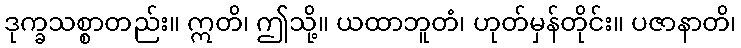
ဒုက္ခသစ္စာတည်း။ ဣတိ၊ ဤသို့။ ယထာဘူတံ၊ ဟုတ်မှန်တိုင်း။ ပဇာနာတိ၊